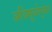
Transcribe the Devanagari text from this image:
अधिसूचनेनुसार